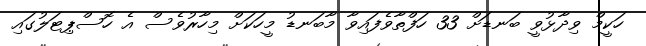
ހަކީމް ވިދާޅުވީ ބަނޑަށް 33 ހަފްތާވެފައިވާ މާބަނޑު މީހަކަށް މިހާރުވެސް އެ ހޮސްޕިޓަލުގައި